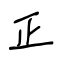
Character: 正